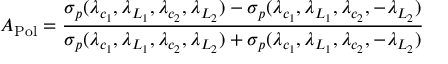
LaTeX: A _ { \mathrm { P o l } } = \frac { \sigma _ { p } ( \lambda _ { c _ { 1 } } , \lambda _ { L _ { 1 } } , \lambda _ { c _ { 2 } } , \lambda _ { L _ { 2 } } ) - \sigma _ { p } ( \lambda _ { c _ { 1 } } , \lambda _ { L _ { 1 } } , \lambda _ { c _ { 2 } } , - \lambda _ { L _ { 2 } } ) } { \sigma _ { p } ( \lambda _ { c _ { 1 } } , \lambda _ { L _ { 1 } } , \lambda _ { c _ { 2 } } , \lambda _ { L _ { 2 } } ) + \sigma _ { p } ( \lambda _ { c _ { 1 } } , \lambda _ { L _ { 1 } } , \lambda _ { c _ { 2 } } , - \lambda _ { L _ { 2 } } ) }